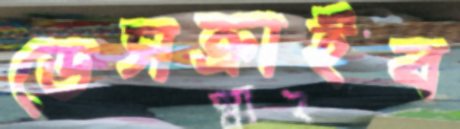
ডেসক্রাইব